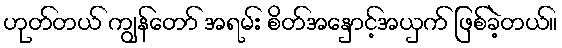
ဟုတ်တယ် ကျွန်တော် အရမ်း စိတ်အနှောင့်အယှက် ဖြစ်ခဲ့တယ်။